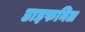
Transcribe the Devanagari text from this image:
डाइफनिल